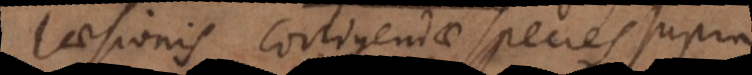
laesionis corrigendae species supra